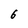
Character: 6